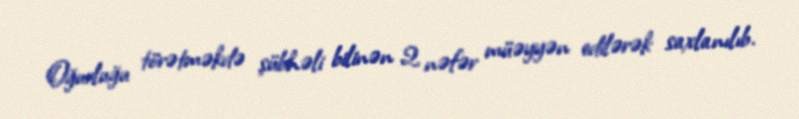
Oğurluğu törətməkdə şübhəli bilinən 2 nəfər müəyyən edilərək saxlanılıb.